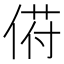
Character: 𬾯